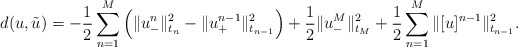
\begin{align*}d(u,\tilde{u})= - \frac12 \sum_{n=1}^M \Big( \|u_{-}^n\|_{t_n}^2 - \|u_{+}^{n-1}\|_{t_{n-1}}^2 \Big) + \frac12 \|u_{-}^M\|_{t_M}^2 + \frac12 \sum_{n=1}^M \|[u]^{n-1}\|_{t_{n-1}}^2.\end{align*}